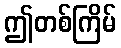
ဤတစ်ကြိမ်